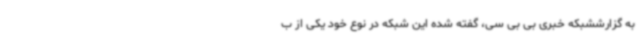
به گزارششبکه خبری بی بی سی، گفته شده این شبکه در نوع خود یکی از ب